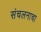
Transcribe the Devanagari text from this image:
संचलनाचा